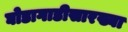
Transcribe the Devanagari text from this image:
घोडागाडीसारख्या